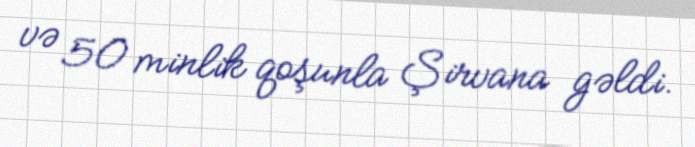
və 50 minlik qoşunla Şirvana gəldi.